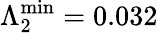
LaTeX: \Lambda_{2}^{\mathrm{min}}=0.032